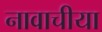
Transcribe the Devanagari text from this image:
नावाचीया